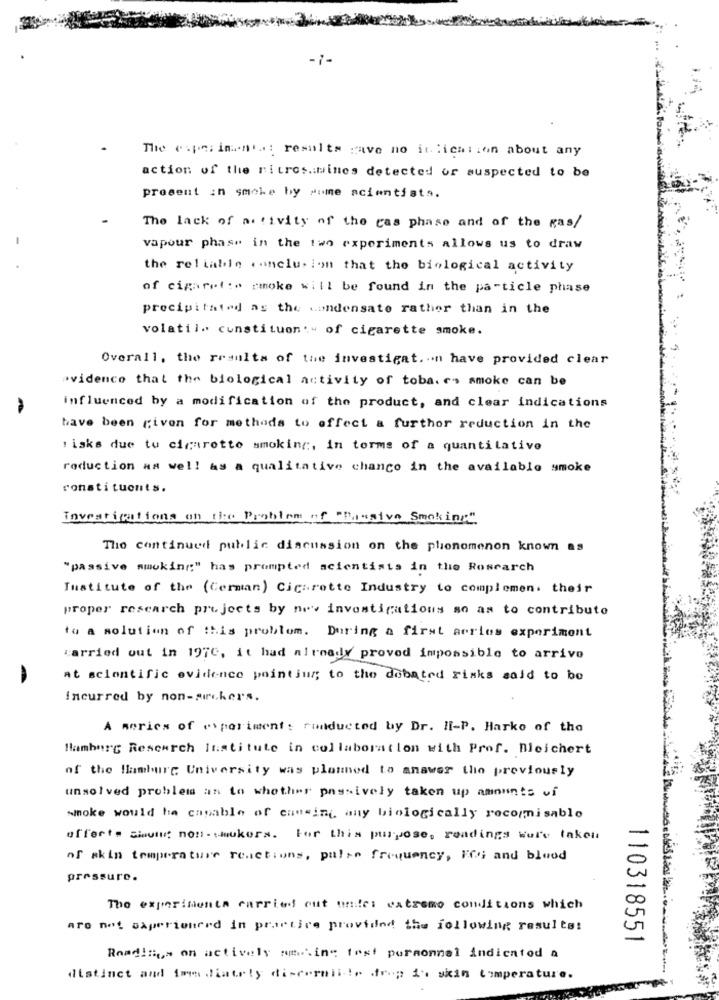
-7-
The experiments : results gave no inlication about any
action of the ritres.mines detected or suspected to be
present in smoke by some scientists.
The lack of activity of the cas phase and of the mas/
vapour phase in the two experiments allows us to draw
the reliable .anclusion that the biological activity
of cigaret:# cmoke will be found in the particle phase
precipitated as the condensate rather than in the
volatil. constituon :- of cigarette smoke.
Overall, the results of the investigat ... n have provided clear
evidence that the biological activity of toba. es smoke can be
influenced by a modification of the product, and clear indications
have been given for methods to effect a furthor reduction in the
: isks due to cigarette smoking, in terms of a quantitative
roduction as well as a qualitative chance in the available smoke
constituents.
Investigations on the Problem of "Passive Smoking".
The continued public discussion on the phonomenon known as
"passive smoking" has prompted scientists in the Rosearch
Institute of the (Cerman) Cigarette Industry to complemen. their
proper research projects by new investigations so as to contribute
to a solution of this problem. During a first series experiment
carried out in 197C, it had already proved impossible to arrive
At scientific evidence pointjur; to the debated risks said to be
incurred by non-suckers.
A series of experiment: rinducted by Dr. HI-P. Harko of the
Hamburg Research Institute in collaboration with Prof. Bleichert
of the Hamburg University was planned to answer the previously
unsolved problem as to whether passively taken up amounts of
smoke would be capable of causing any biologically recormisablo
offert= = inviu; non- mukors. For this purpose, readings were taken
of skin temperature reactions, pulse frequency, Me and blood
pressure.
The experiments carried out antes extremo conditions which
are not saperienerd in practice provided the following results!
110318551
Reading ,= on actively mm.in“ test personnel indicatod a
distinct and imm diately discernii !, drop i. skin temperature.